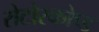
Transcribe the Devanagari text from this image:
रोटोस्कोप्ड